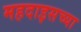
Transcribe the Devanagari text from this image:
महदाइसच्या